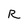
Character: R